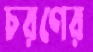
চরণের